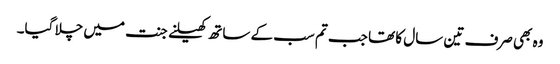
وہ بھی صرف تین سال کا تھا جب تم سب کے ساتھ کھیلنے جنت میں چلا گیا۔